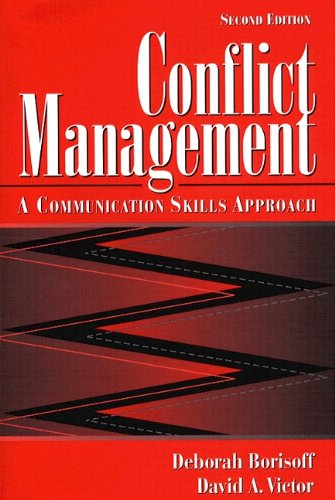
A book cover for Conflict Management: A Communication Skills Approach (2nd Edition); Deborah Borisoff; Politics & Social Sciences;